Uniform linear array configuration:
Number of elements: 8
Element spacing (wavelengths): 1
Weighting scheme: kaiser
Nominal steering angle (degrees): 60
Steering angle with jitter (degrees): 61.277
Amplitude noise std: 0.05
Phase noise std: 0.05

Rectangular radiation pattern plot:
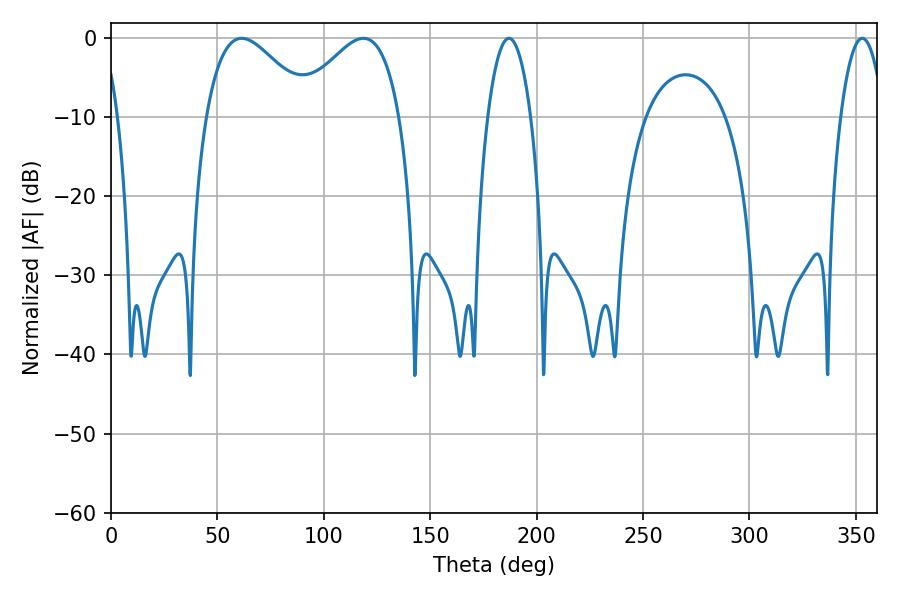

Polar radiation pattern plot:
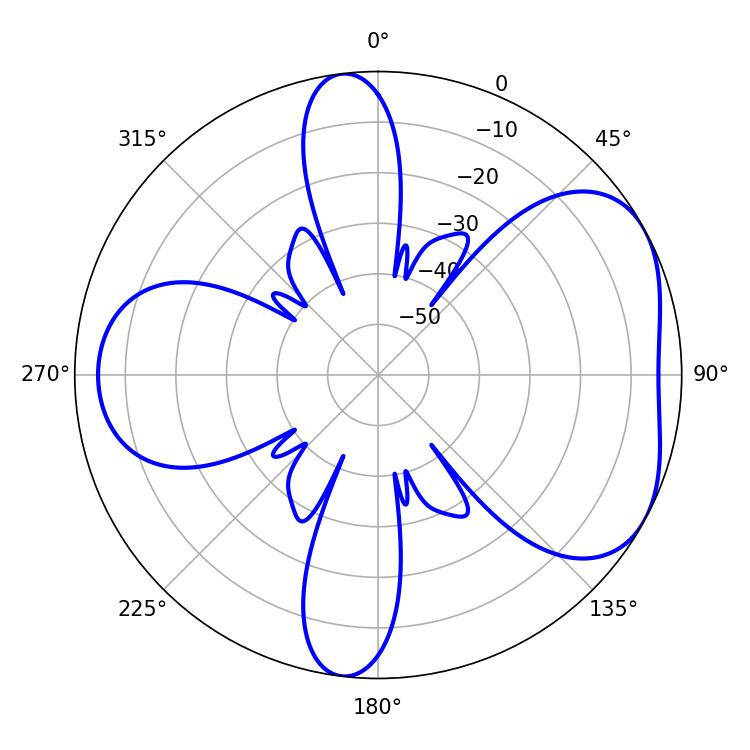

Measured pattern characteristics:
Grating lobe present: TRUE
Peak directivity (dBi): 4.878
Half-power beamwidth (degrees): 26.46
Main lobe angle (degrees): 61.38